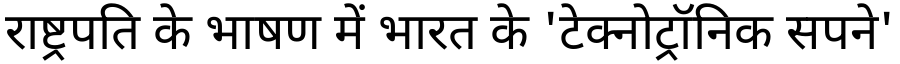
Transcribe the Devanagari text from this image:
राष्ट्रपति के भाषण में भारत के 'टेक्नोट्रॉनिक सपने'